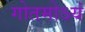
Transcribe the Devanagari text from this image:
गोतमोऽयं